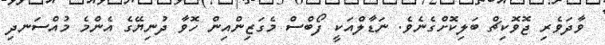
ވާދަވެރި ޖޮވޮކިޗް ބަލިކޮށްގެނެވެ. ނަޑާލްއަކީ ފޯބްސް މެގަޒިންއިން ހޮވާ ދުނިޔޭގެ އެންމެ މުއްސަނދި